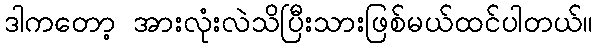
ဒါကတော့ အားလုံးလဲသိပြီးသားဖြစ်မယ်ထင်ပါတယ်။